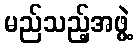
မည်သည့်အဖွဲ့